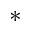
*